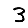
Digit: 3